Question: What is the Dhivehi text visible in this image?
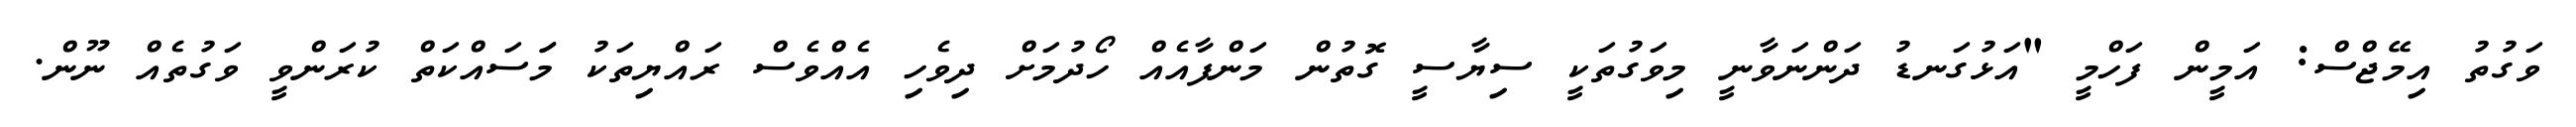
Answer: ވަގުތު އިމޭޖްސް: އަމީން ފަހްމީ "އަޅުގަނޑު ދަންނަވާނީ މިވަގުތަކީ ސިޔާސީ ގޮތުން މަންފާއެއް ހޯދުމަށް ދިވެހި އެއްވެސް ރައްޔިތަކު މަަސައްކަތް ކުރަންވީ ވަގުތެއް ނޫން.